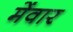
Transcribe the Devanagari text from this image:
मेंवार